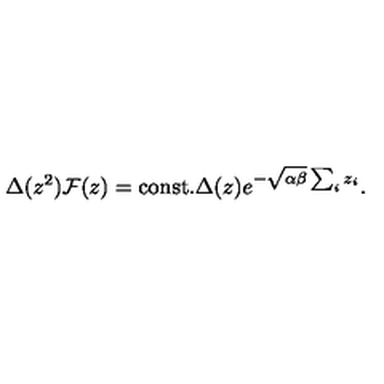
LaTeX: \Delta ( z ^ { 2 } ) { \cal F } ( z ) = \mathrm { c o n s t . } \Delta ( z ) e ^ { - \sqrt { \alpha \beta } \sum _ { i } z _ { i } } .